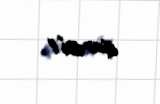
işarəsi”!.